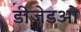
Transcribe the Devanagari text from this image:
डीजेडओ